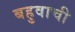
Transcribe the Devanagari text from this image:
बहुवाची